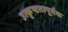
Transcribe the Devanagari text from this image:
उत्कृष्टतापूर्वक